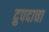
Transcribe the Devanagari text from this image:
द्रुपदाचा